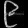
Digit: ၉